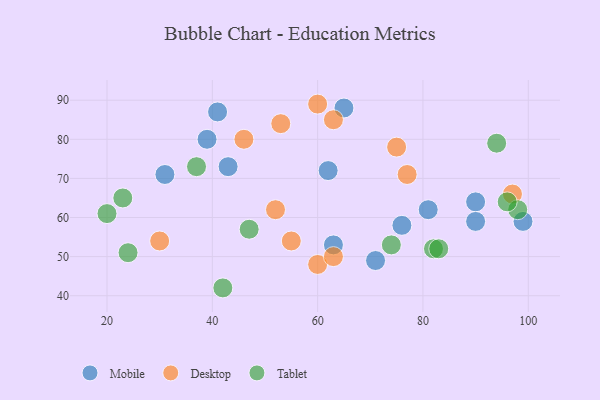
{"axis": {"x": "GDP", "y": "Life Expectancy"}, "legend": ["Desktop", "Mobile", "Tablet"], "data": [{"x": "90", "y": 64, "type": "Mobile"}, {"x": "63", "y": 53, "type": "Mobile"}, {"x": "41", "y": 87, "type": "Mobile"}, {"x": "99", "y": 59, "type": "Mobile"}, {"x": "65", "y": 88, "type": "Mobile"}, {"x": "43", "y": 73, "type": "Mobile"}, {"x": "62", "y": 72, "type": "Mobile"}, {"x": "71", "y": 49, "type": "Mobile"}, {"x": "31", "y": 71, "type": "Mobile"}, {"x": "39", "y": 80, "type": "Mobile"}, {"x": "76", "y": 58, "type": "Mobile"}, {"x": "81", "y": 62, "type": "Mobile"}, {"x": "90", "y": 59, "type": "Mobile"}, {"x": "46", "y": 80, "type": "Desktop"}, {"x": "60", "y": 48, "type": "Desktop"}, {"x": "52", "y": 62, "type": "Desktop"}, {"x": "30", "y": 54, "type": "Desktop"}, {"x": "63", "y": 50, "type": "Desktop"}, {"x": "53", "y": 84, "type": "Desktop"}, {"x": "55", "y": 54, "type": "Desktop"}, {"x": "97", "y": 66, "type": "Desktop"}, {"x": "63", "y": 85, "type": "Desktop"}, {"x": "77", "y": 71, "type": "Desktop"}, {"x": "75", "y": 78, "type": "Desktop"}, {"x": "60", "y": 89, "type": "Desktop"}, {"x": "24", "y": 51, "type": "Tablet"}, {"x": "47", "y": 57, "type": "Tablet"}, {"x": "98", "y": 62, "type": "Tablet"}, {"x": "82", "y": 52, "type": "Tablet"}, {"x": "23", "y": 65, "type": "Tablet"}, {"x": "96", "y": 64, "type": "Tablet"}, {"x": "74", "y": 53, "type": "Tablet"}, {"x": "37", "y": 73, "type": "Tablet"}, {"x": "94", "y": 79, "type": "Tablet"}, {"x": "83", "y": 52, "type": "Tablet"}, {"x": "42", "y": 42, "type": "Tablet"}, {"x": "20", "y": 61, "type": "Tablet"}]}